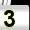
Digit: 3